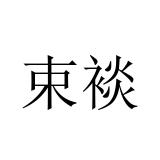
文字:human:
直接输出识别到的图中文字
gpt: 束裧